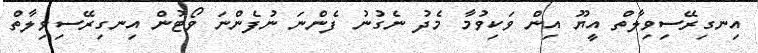
އިނގިރޭސިވިލާތް އީޔޫ އިން ވަކިވުމާ މެދު ނެގުނު ފެންނަ ނުފެންނަ ވޯޓުން އިނގިރޭސިވިލާތް